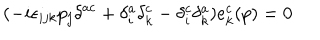
( - i \epsilon _ { i j k } p _ { j } \delta ^ { a c } + \delta _ { i } ^ { a } \delta _ { k } ^ { c } - \delta _ { i } ^ { c } \delta _ { k } ^ { a } ) e _ { k } ^ { c } ( p ) = 0